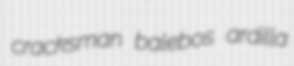
cracksman balebos ardilla